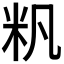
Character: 𱸴